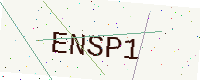
Text: ENSP1